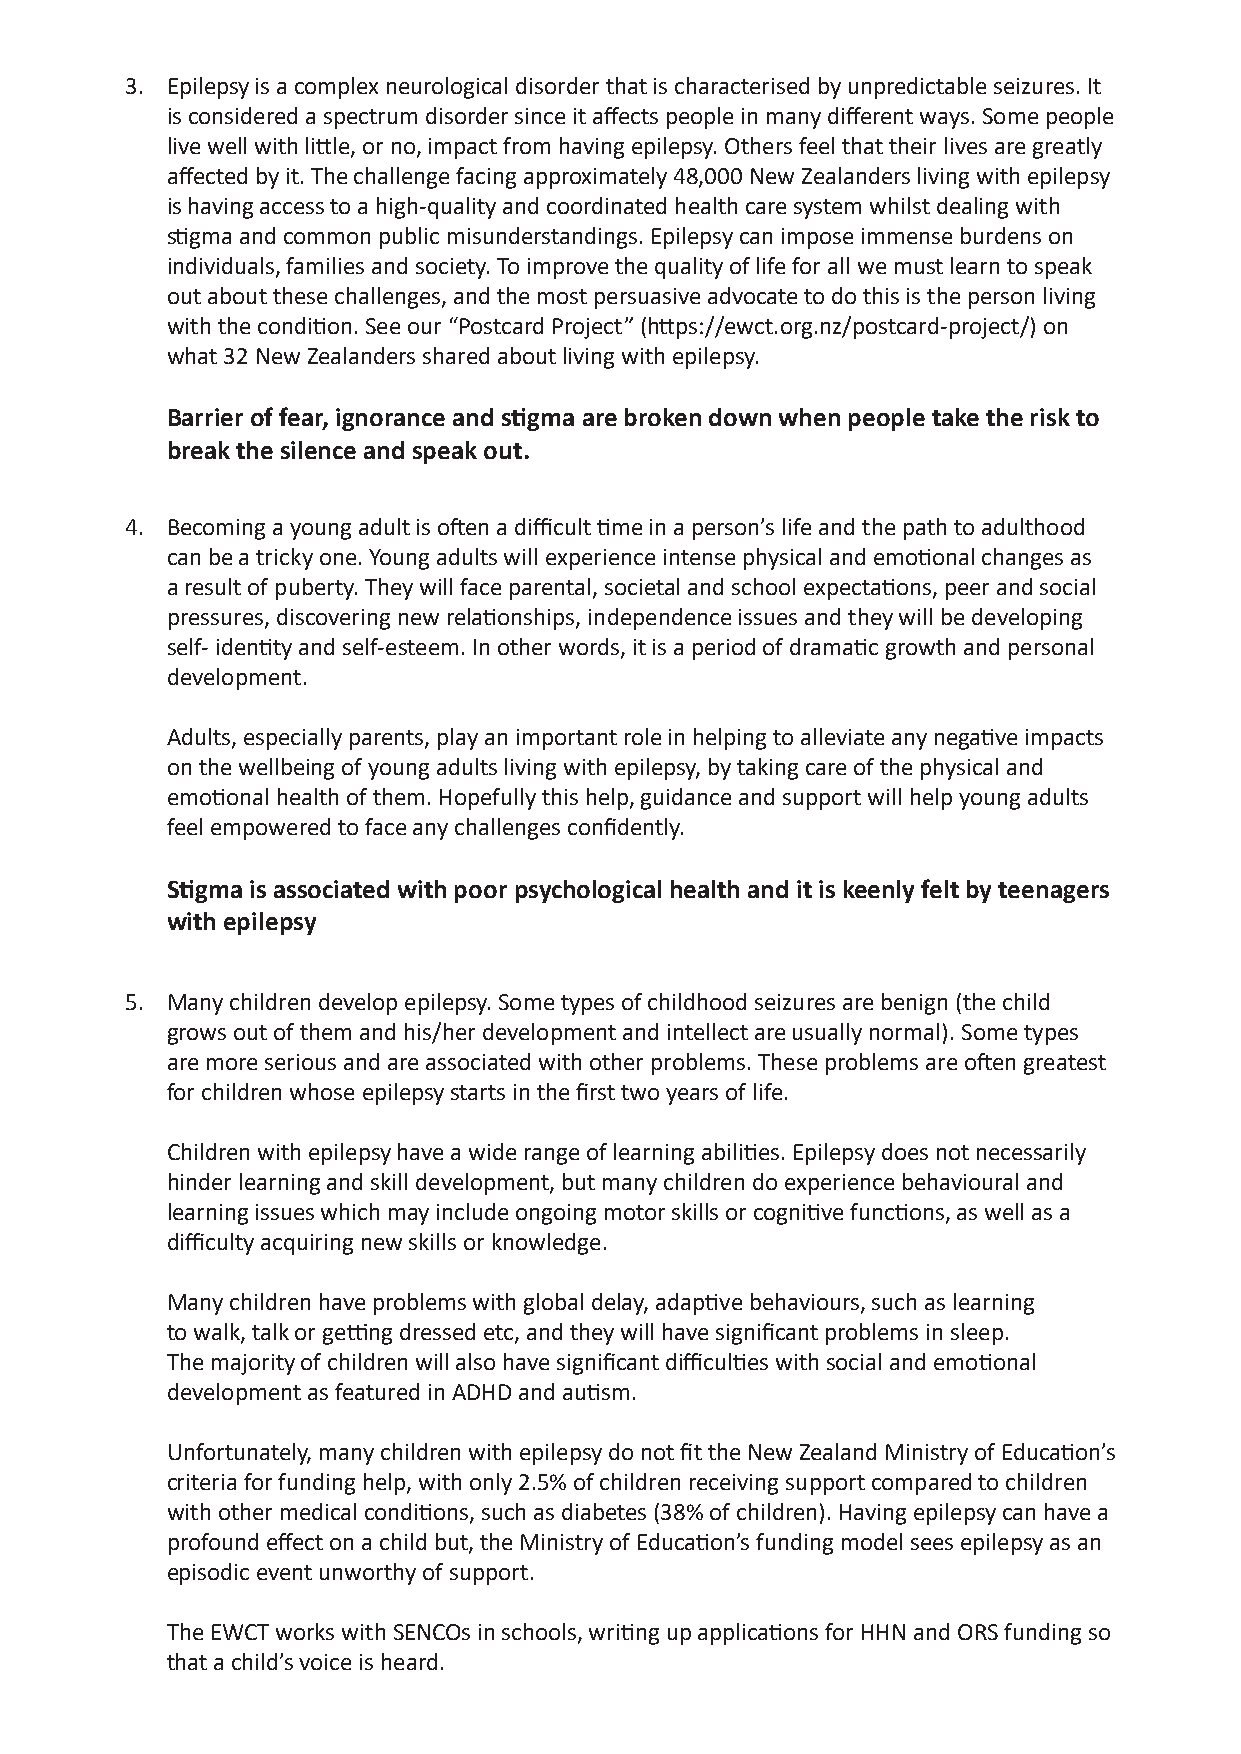
3. Epilepsy is a complex neurological disorder that is characterised by unpredictable seizures. It
 is considered a spectrum disorder since it affects people in many different ways. Some people
 live well with little, or no, impact from having epilepsy. Others feel that their lives are greatly
 affected by it. The challenge facing approximately 48,000 New Zealanders living with epilepsy
 is having access to a high-quality and coordinated health care system whilst dealing with
 stigma and common public misunderstandings. Epilepsy can impose immense burdens on
 individuals, families and society. To improve the quality of life for all we must learn to speak
 out about these challenges, and the most persuasive advocate to do this is the person living
 with the condition. See our “Postcard Project” (https://ewct.org.nz/postcard-project/) on
 what 32 New Zealanders shared about living with epilepsy.
 Barrier of fear, ignorance and stigma are broken down when people take the risk to
 break the silence and speak out.
 4. Becoming a young adult is often a difficult time in a person’s life and the path to adulthood
 can be a tricky one. Young adults will experience intense physical and emotional changes as
 a result of puberty. They will face parental, societal and school expectations, peer and social
 pressures, discovering new relationships, independence issues and they will be developing
 self- identity and self-esteem. In other words, it is a period of dramatic growth and personal
 development.
 Adults, especially parents, play an important role in helping to alleviate any negative impacts
 on the wellbeing of young adults living with epilepsy, by taking care of the physical and
 emotional health of them. Hopefully this help, guidance and support will help young adults
 feel empowered to face any challenges confidently.
 Stigma is associated with poor psychological health and it is keenly felt by teenagers
 with epilepsy
 5. Many children develop epilepsy. Some types of childhood seizures are benign (the child
 grows out of them and his/her development and intellect are usually normal). Some types
 are more serious and are associated with other problems. These problems are often greatest
 for children whose epilepsy starts in the first two years of life.
 Children with epilepsy have a wide range of learning abilities. Epilepsy does not necessarily
 hinder learning and skill development, but many children do experience behavioural and
 learning issues which may include ongoing motor skills or cognitive functions, as well as a
 difficulty acquiring new skills or knowledge.
 Many children have problems with global delay, adaptive behaviours, such as learning
 to walk, talk or getting dressed etc, and they will have significant problems in sleep.
 The majority of children will also have significant difficulties with social and emotional
 development as featured in ADHD and autism.
 Unfortunately, many children with epilepsy do not fit the New Zealand Ministry of Education’s
 criteria for funding help, with only 2.5% of children receiving support compared to children
 with other medical conditions, such as diabetes (38% of children). Having epilepsy can have a
 profound effect on a child but, the Ministry of Education’s funding model sees epilepsy as an
 episodic event unworthy of support.
 The EWCT works with SENCOs in schools, writing up applications for HHN and ORS funding so
 that a child’s voice is heard.